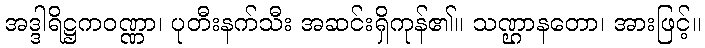
အဒ္ဒါရိဋ္ဌကဝဏ္ဏာ၊ ပုတီးနက်သီး အဆင်းရှိကုန်၏။ သဏ္ဌာနတော၊ အားဖြင့်။